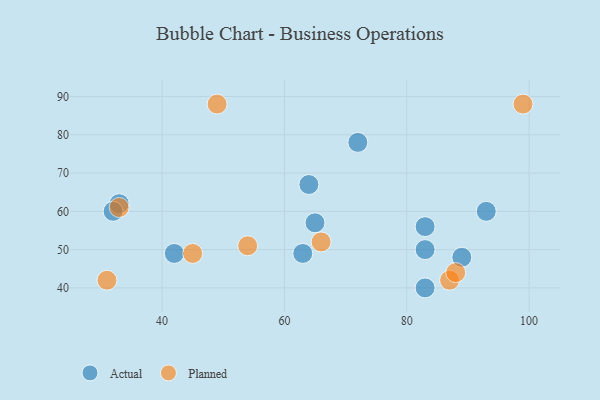
{"axis": {"x": "GDP", "y": "Life Expectancy"}, "legend": ["Actual", "Planned"], "data": [{"x": "93", "y": 60, "type": "Actual"}, {"x": "72", "y": 78, "type": "Actual"}, {"x": "42", "y": 49, "type": "Actual"}, {"x": "65", "y": 57, "type": "Actual"}, {"x": "89", "y": 48, "type": "Actual"}, {"x": "33", "y": 62, "type": "Actual"}, {"x": "63", "y": 49, "type": "Actual"}, {"x": "83", "y": 50, "type": "Actual"}, {"x": "83", "y": 40, "type": "Actual"}, {"x": "83", "y": 56, "type": "Actual"}, {"x": "64", "y": 67, "type": "Actual"}, {"x": "32", "y": 60, "type": "Actual"}, {"x": "49", "y": 88, "type": "Planned"}, {"x": "66", "y": 52, "type": "Planned"}, {"x": "87", "y": 42, "type": "Planned"}, {"x": "45", "y": 49, "type": "Planned"}, {"x": "88", "y": 44, "type": "Planned"}, {"x": "31", "y": 42, "type": "Planned"}, {"x": "33", "y": 61, "type": "Planned"}, {"x": "99", "y": 88, "type": "Planned"}, {"x": "54", "y": 51, "type": "Planned"}]}